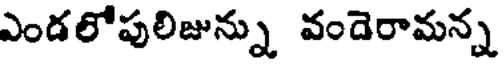
ఎండలోపులిజున్ను వందెరామన్న